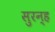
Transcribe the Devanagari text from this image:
सुरन्ह